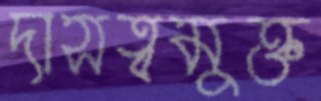
দাসত্বমুক্ত